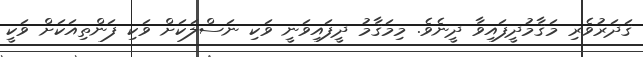
ޤަދަރުވެރި މަޤާމުދީފައިވާ ދީނެވެ. މިމަޤާމު ދީފައިވަނީ ވަކި ނަސްލަކަށް ވަކި ފަންތިއަކަށް ވަކީ